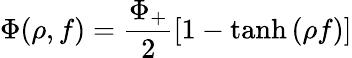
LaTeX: \Phi(\rho,f)=\frac{\Phi_{+}}{2}\left[1-\operatorname{tanh}\left(\rho f\right)\right]